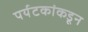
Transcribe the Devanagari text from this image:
पर्यटकांकडून